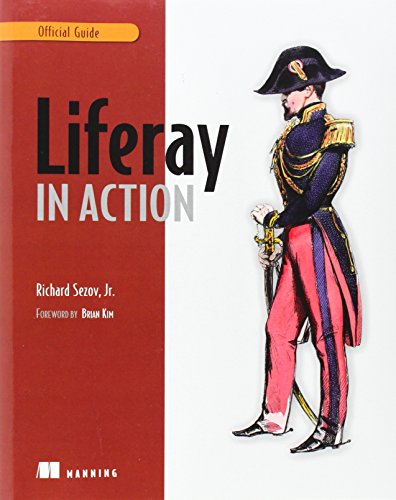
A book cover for Liferay in Action: The Official Guide to Liferay Portal Development; Rich Sezov; Computers & Technology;